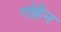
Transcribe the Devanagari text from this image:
गोहैन